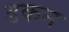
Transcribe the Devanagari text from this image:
डकन